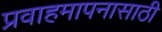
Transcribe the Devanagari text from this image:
प्रवाहमापनासाठी